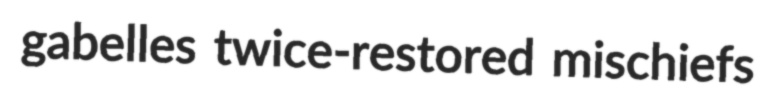
gabelles twice-restored mischiefs